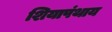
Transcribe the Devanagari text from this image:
शियापंथाय